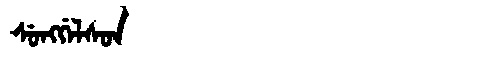
Manchu: ᠰᡠᠩᡤᡝᠯᠰᠣᠨ
Romanization: SUNGGELSON